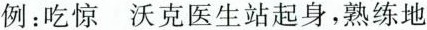
例 ：吃惊 沃克医生站起身，熟练地